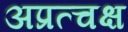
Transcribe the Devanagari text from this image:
अप्रत्चक्ष